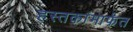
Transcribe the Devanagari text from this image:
हस्तकांमार्फत